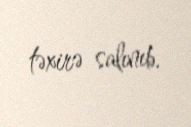
təxirə salınıb.